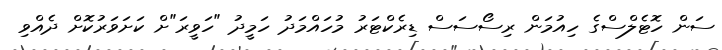
ސަން ހޮޓެލްސްގެ ހިއުމަން ރިސޯސަސް ޑިރެކްޓަރު މުހައްމަދު ހަމީދު "ހަވީރަ"ށް ކަށަވަރުކޮށް ދެއްވި